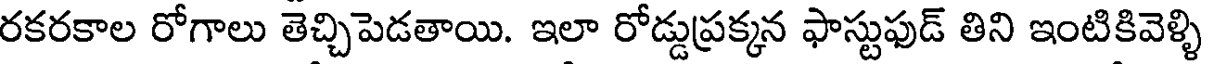
రకరకాల రోగాలు తెచ్చిపెడతాయి. ఇలా రోడ్డుప్రక్కన ఫాస్టుఫుడ్ తిని ఇంటికివెళ్ళి